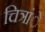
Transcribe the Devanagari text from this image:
चित्रांे